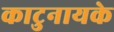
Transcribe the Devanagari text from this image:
काटुनायके